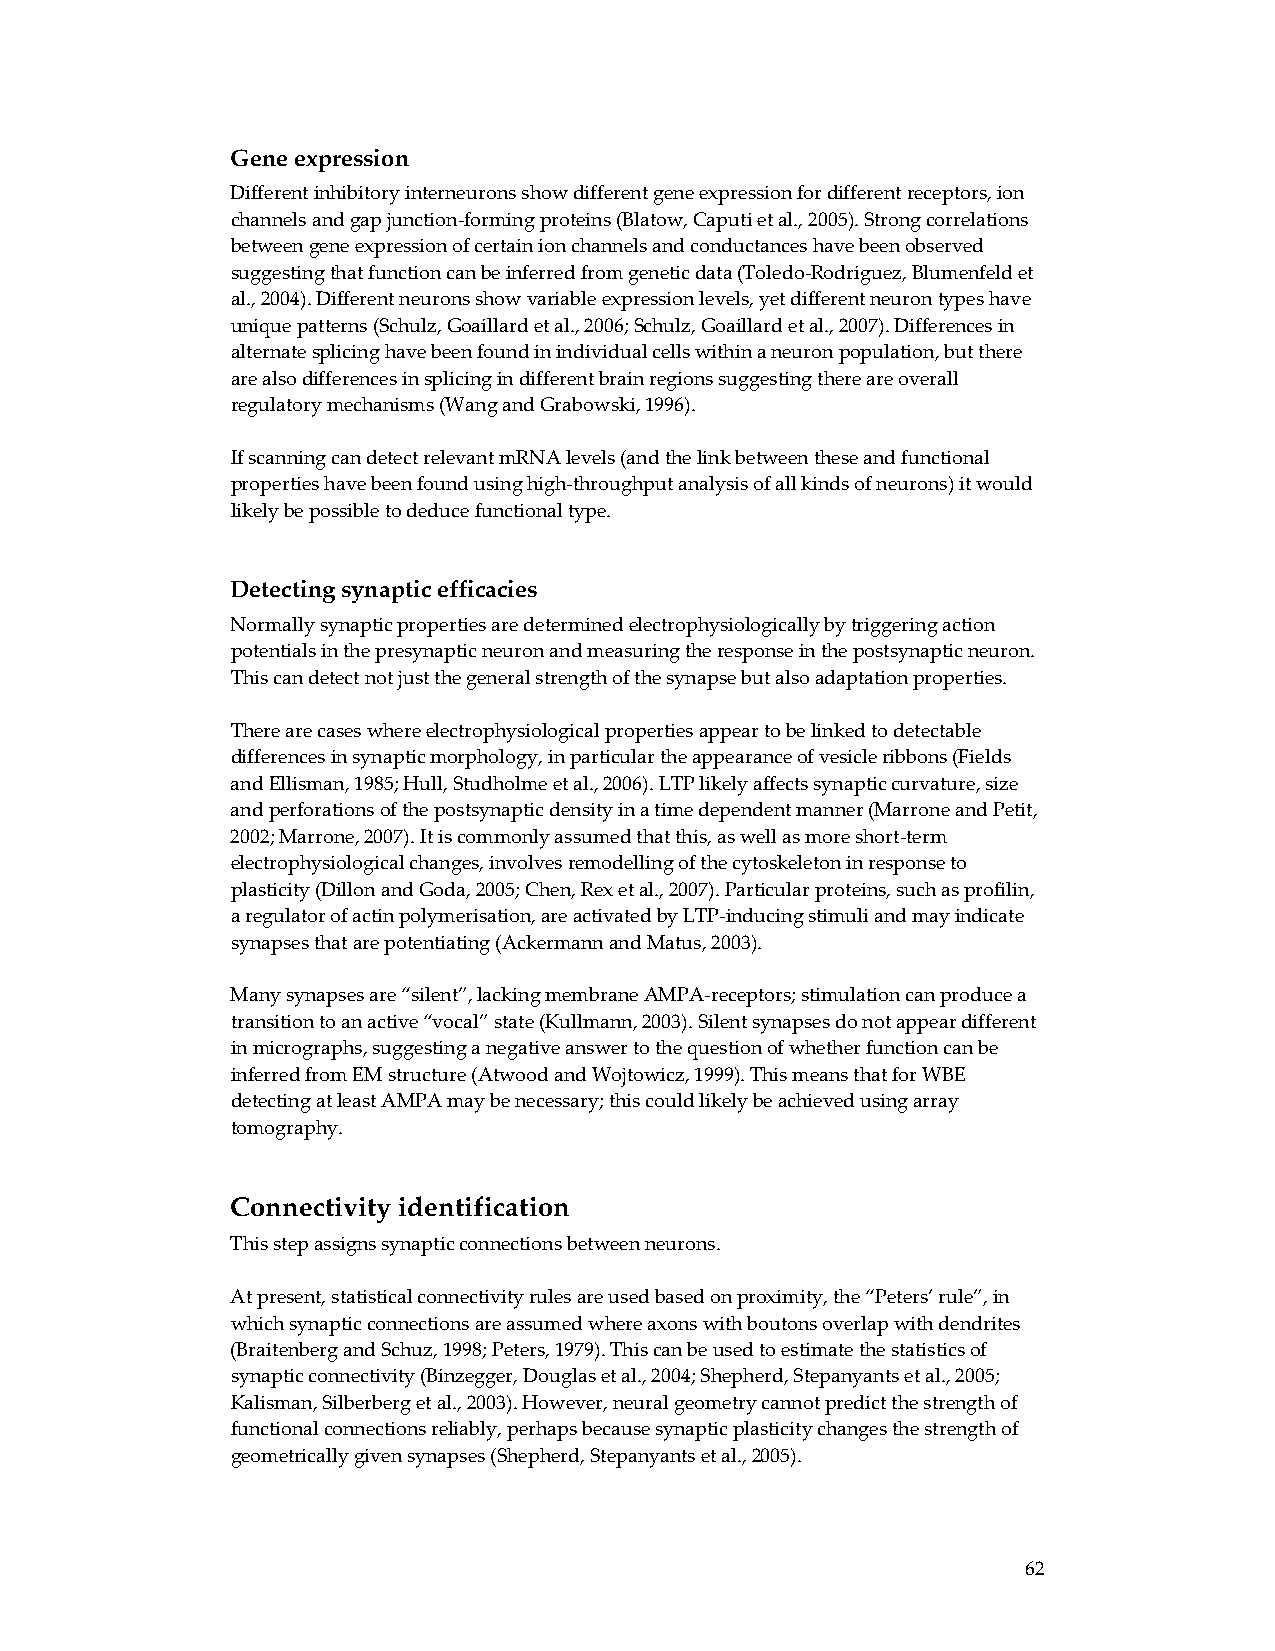
Gene expression
 Different inhibitory interneurons show different gene expression for different receptors, ion
 channels and gap junction‐forming proteins (Blatow, Caputi et al., 2005). Strong correlations
 between gene expression of certain ion channels and conductances have been observed
 suggesting that function can be inferred from genetic data (Toledo‐Rodriguez, Blumenfeld et
 al., 2004). Different neurons show variable expression levels, yet different neuron types have
 unique patterns (Schulz, Goaillard et al., 2006; Schulz, Goaillard et al., 2007). Differences in
 alternate splicing have been found in individual cells within a neuron population, but there
 are also differences in splicing in different brain regions suggesting there are overall
 regulatory mechanisms (Wang and Grabowski, 1996).
 If scanning can detect relevant mRNA levels (and the link between these and functional
 properties have been found using high‐throughput analysis of all kinds of neurons) it would
 likely be possible to deduce functional type.
 Detecting synaptic efficacies
 Normally synaptic properties are determined electrophysiologically by triggering action
 potentials in the presynaptic neuron and measuring the response in the postsynaptic neuron.
 This can detect not just the general strength of the synapse but also adaptation properties.
 There are cases where electrophysiological properties appear to be linked to detectable
 differences in synaptic morphology, in particular the appearance of vesicle ribbons (Fields
 and Ellisman, 1985; Hull, Studholme et al., 2006). LTP likely affects synaptic curvature, size
 and perforations of the postsynaptic density in a time dependent manner (Marrone and Petit,
 2002; Marrone, 2007). It is commonly assumed that this, as well as more short‐term
 electrophysiological changes, involves remodelling of the cytoskeleton in response to
 plasticity (Dillon and Goda, 2005; Chen, Rex et al., 2007). Particular proteins, such as profilin,
 a regulator of actin polymerisation, are activated by LTP‐inducing stimuli and may indicate
 synapses that are potentiating (Ackermann and Matus, 2003).
 Many synapses are “silent”, lacking membrane AMPA‐receptors; stimulation can produce a
 transition to an active “vocal” state (Kullmann, 2003). Silent synapses do not appear different
 in micrographs, suggesting a negative answer to the question of whether function can be
 inferred from EM structure (Atwood and Wojtowicz, 1999). This means that for WBE
 detecting at least AMPA may be necessary; this could likely be achieved using array
 tomography.
 Connectivity identification
 This step assigns synaptic connections between neurons.
 At present, statistical connectivity rules are used based on proximity, the “Peters’ rule”, in
 which synaptic connections are assumed where axons with boutons overlap with dendrites
 (Braitenberg and Schuz, 1998; Peters, 1979). This can be used to estimate the statistics of
 synaptic connectivity (Binzegger, Douglas et al., 2004; Shepherd, Stepanyants et al., 2005;
 Kalisman, Silberberg et al., 2003). However, neural geometry cannot predict the strength of
 functional connections reliably, perhaps because synaptic plasticity changes the strength of
 geometrically given synapses (Shepherd, Stepanyants et al., 2005).
 62